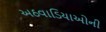
અઠવાડિયાઓની